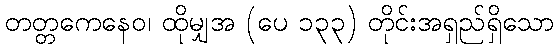
တတ္တကေနေဝ၊ ထိုမျှအ (ပေ ၁၃၃) တိုင်းအရှည်ရှိသော